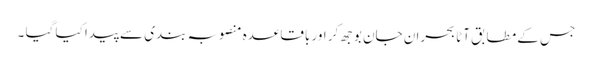
جس کے مطابق آٹا بحران جان بوجھ کر اور باقاعدہ منصوبہ بندی سے پیدا کیا گیا ۔